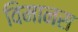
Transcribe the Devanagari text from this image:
विमानस